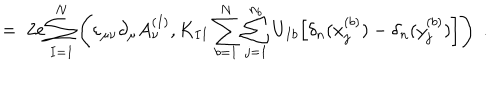
LaTeX: = \; 2 e \sum _ { I = 1 } ^ { N } \left( \varepsilon _ { \mu \nu } \partial _ { \mu } A _ { \nu } ^ { ( I ) } , K _ { I I } \sum _ { b = 1 } ^ { N } \sum _ { j = 1 } ^ { n _ { b } } U _ { I b } \Big [ \delta _ { n } ( x _ { j } ^ { ( b ) } ) - \delta _ { n } ( y _ { j } ^ { ( b ) } ) \Big ] \right) \; .